Annual report on the Civil Veterinary Department, Burma (including the Insein Veterinary School) - 1932-1941
Year: 1932
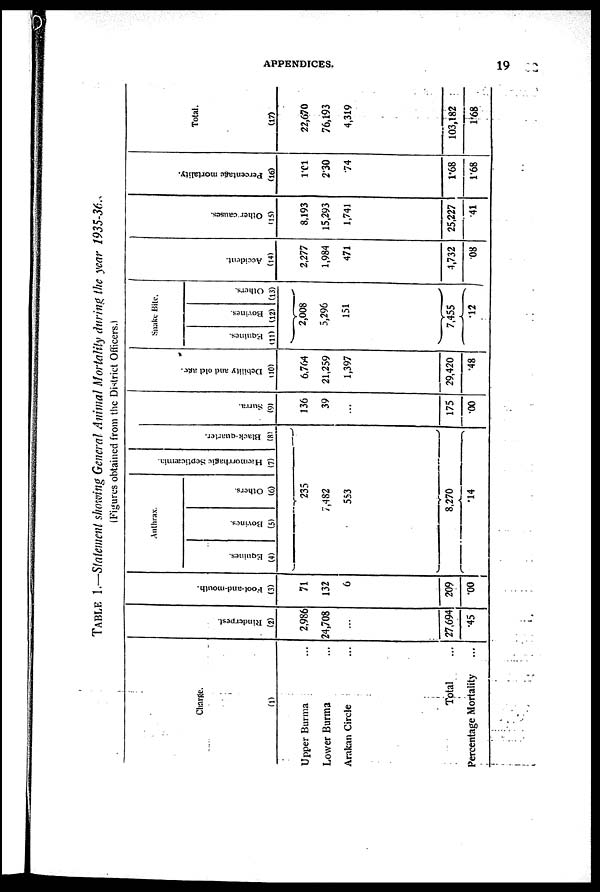
APPENDICES.
19
TABLE 1.—Statement showing General Animal Mortality during the year 1935-36.
(Figures obtained from the District Officers.)
Charge.
(1)
Upper Burma ...
Lower Burma ...
Arakan Circle ...
Total ...
Percentage Mortality ...
Ri nder pes t
.
(2)
2,986
24,708
...
27,694
.45
Foot- a nd- mouth.
(3)
71
132
6
209
.00
Anthrax.
Equines.
(4)
Bovines.
(5)
Others.
(6)
235
7,482
553
8,270
.14
Hæmo r
r
h a g ic Septicæmia.
(7)
Bl a c k- qua r
t
e r
.
(8)
Sur r a.
(9)
136
39
...
175
.00
Debi l
i
t
y and old age.
(10)
6,764
21,259
1,397
29,420
.48
Snake Bite.
Equines.
(11)
Bovines.
(12)
2,008
5,296
151
7,455
.12
Others.
13)
Ac c i
de nt .
(14)
2,277
1,984
471
4,732
.08
Ot her caus es .
(15)
8,193
15,293
1,741
25,227
.41
Pe r
c e nt a ge mortality.
(16)
1.01
2.30
.74
1.68
1.68
Total.
(17)
22,670
76,193
4,319
103,182
1.68